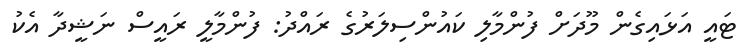
ޓައީ އަޅައިގެން މޫދަށް ފުންމާލި ކައުންސިލަރުގެ ރައްދު: ފުންމާލީ ރައީސް ނަޝީދާ އެކު